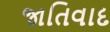
જાતિવાદ